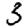
Digit: 3